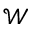
\mathcal { W }